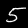
Digit: 5